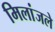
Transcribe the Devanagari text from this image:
मिलांजले